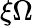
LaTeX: \xi\Omega